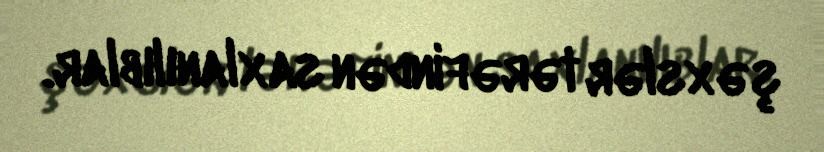
şəxslər tərəfindən saxlanılıblar.